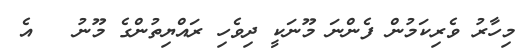
މިހާރު ވެރިކަމުން ފެންނަ މޫނަކީ ދިވެހި ރައްޔިތުންގެ މޫނު   އެ